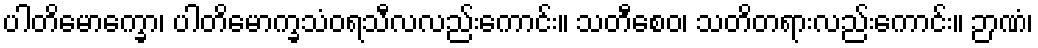
ပါတိမောက္ခော၊ ပါတိမောက္ခသံဝရသီလလည်းကောင်း။ သတီစေဝ၊ သတိတရားလည်းကောင်း။ ဉာဏံ၊